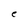
Character: e